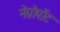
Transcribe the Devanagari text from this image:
नेग्रोपोंट